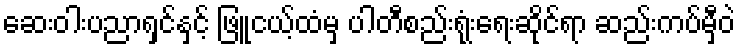
ဆေးဝါးပညာရှင်နှင့် ဖြူငယ့်ထံမှ ပါတီစည်းရုံးရေးဆိုင်ရာ ဆည်းကပ်မှီဝဲ